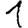
Digit: 1